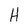
Character: H